Annual returns of the Patna Lunatic Asylum at Bankipore in Bihar and Orissa - 1912-1924
Year: 1912
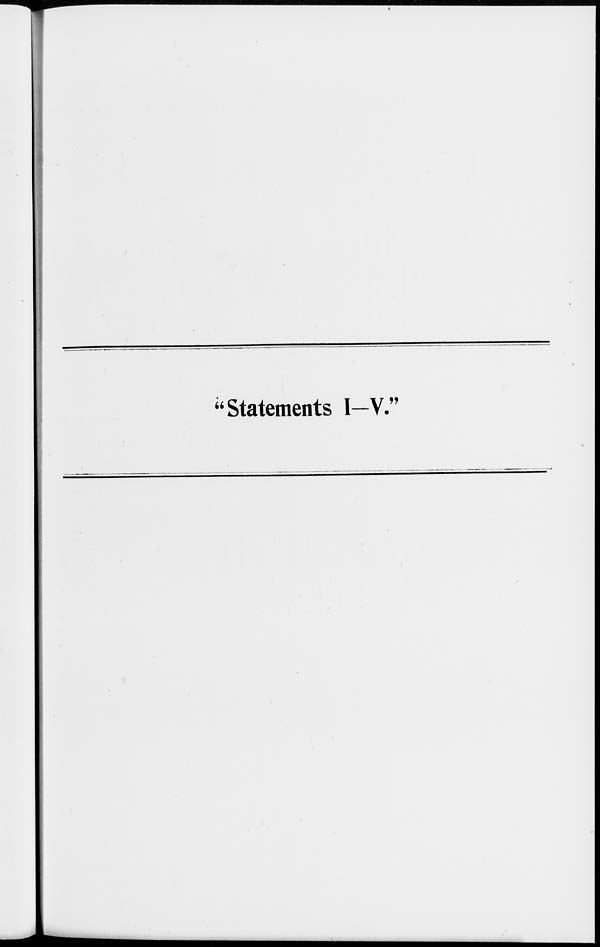
"Statements I-V."